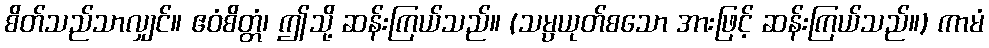
စိတ်သည်သာလျှင်။ ဧဝံစိတ္တံ၊ ဤသို့ ဆန်းကြယ်သည်။ (သမ္ပယုတ်စသော အားဖြင့် ဆန်းကြယ်သည်။) ကာမံ